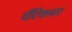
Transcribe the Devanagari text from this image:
चैंटिक्लार